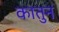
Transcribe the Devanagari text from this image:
कातुन